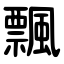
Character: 飄